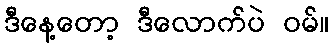
ဒီနေ့တော့ ဒီလောက်ပဲ ဝမ်။